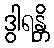
ဒွါရန္တိ